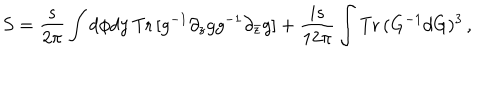
S = \frac { s } { 2 \pi } \int d \phi d y \, { \mathrm { T r } } \, [ g ^ { - 1 } \partial _ { z } g g ^ { - 1 } \partial _ { \bar { z } } g ] + \frac { i s } { 1 2 \pi } \int { \mathrm { T r } } \, ( G ^ { - 1 } d G ) ^ { 3 } \, ,